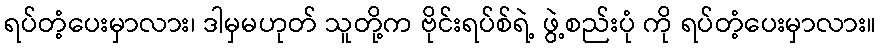
ရပ်တံ့ပေးမှာလား၊ ဒါမှမဟုတ် သူတို့က ဗိုင်းရပ်စ်ရဲ့ ဖွဲ့စည်းပုံ ကို ရပ်တံ့ပေးမှာလား။